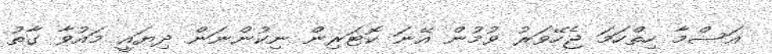
އަސްމާ ހިތްހަމަ ޖެހޭވަރު ވުމުން އޭނަ ކޮޓަރިން ނިކުންނަން ދިޔައީ މައުވާ ގާތު